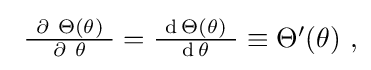
{\textstyle \ {\frac {\ \partial \ \Theta (\theta )\ }{\ \partial \ \theta \ }}={\frac {\ \operatorname {d} \Theta (\theta )\ }{\ \operatorname {d} \theta \ }}\equiv \Theta '(\theta )\ ,}